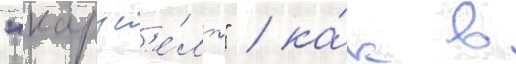
"карус'е́ль" / ка́к в